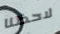
لاحظنا